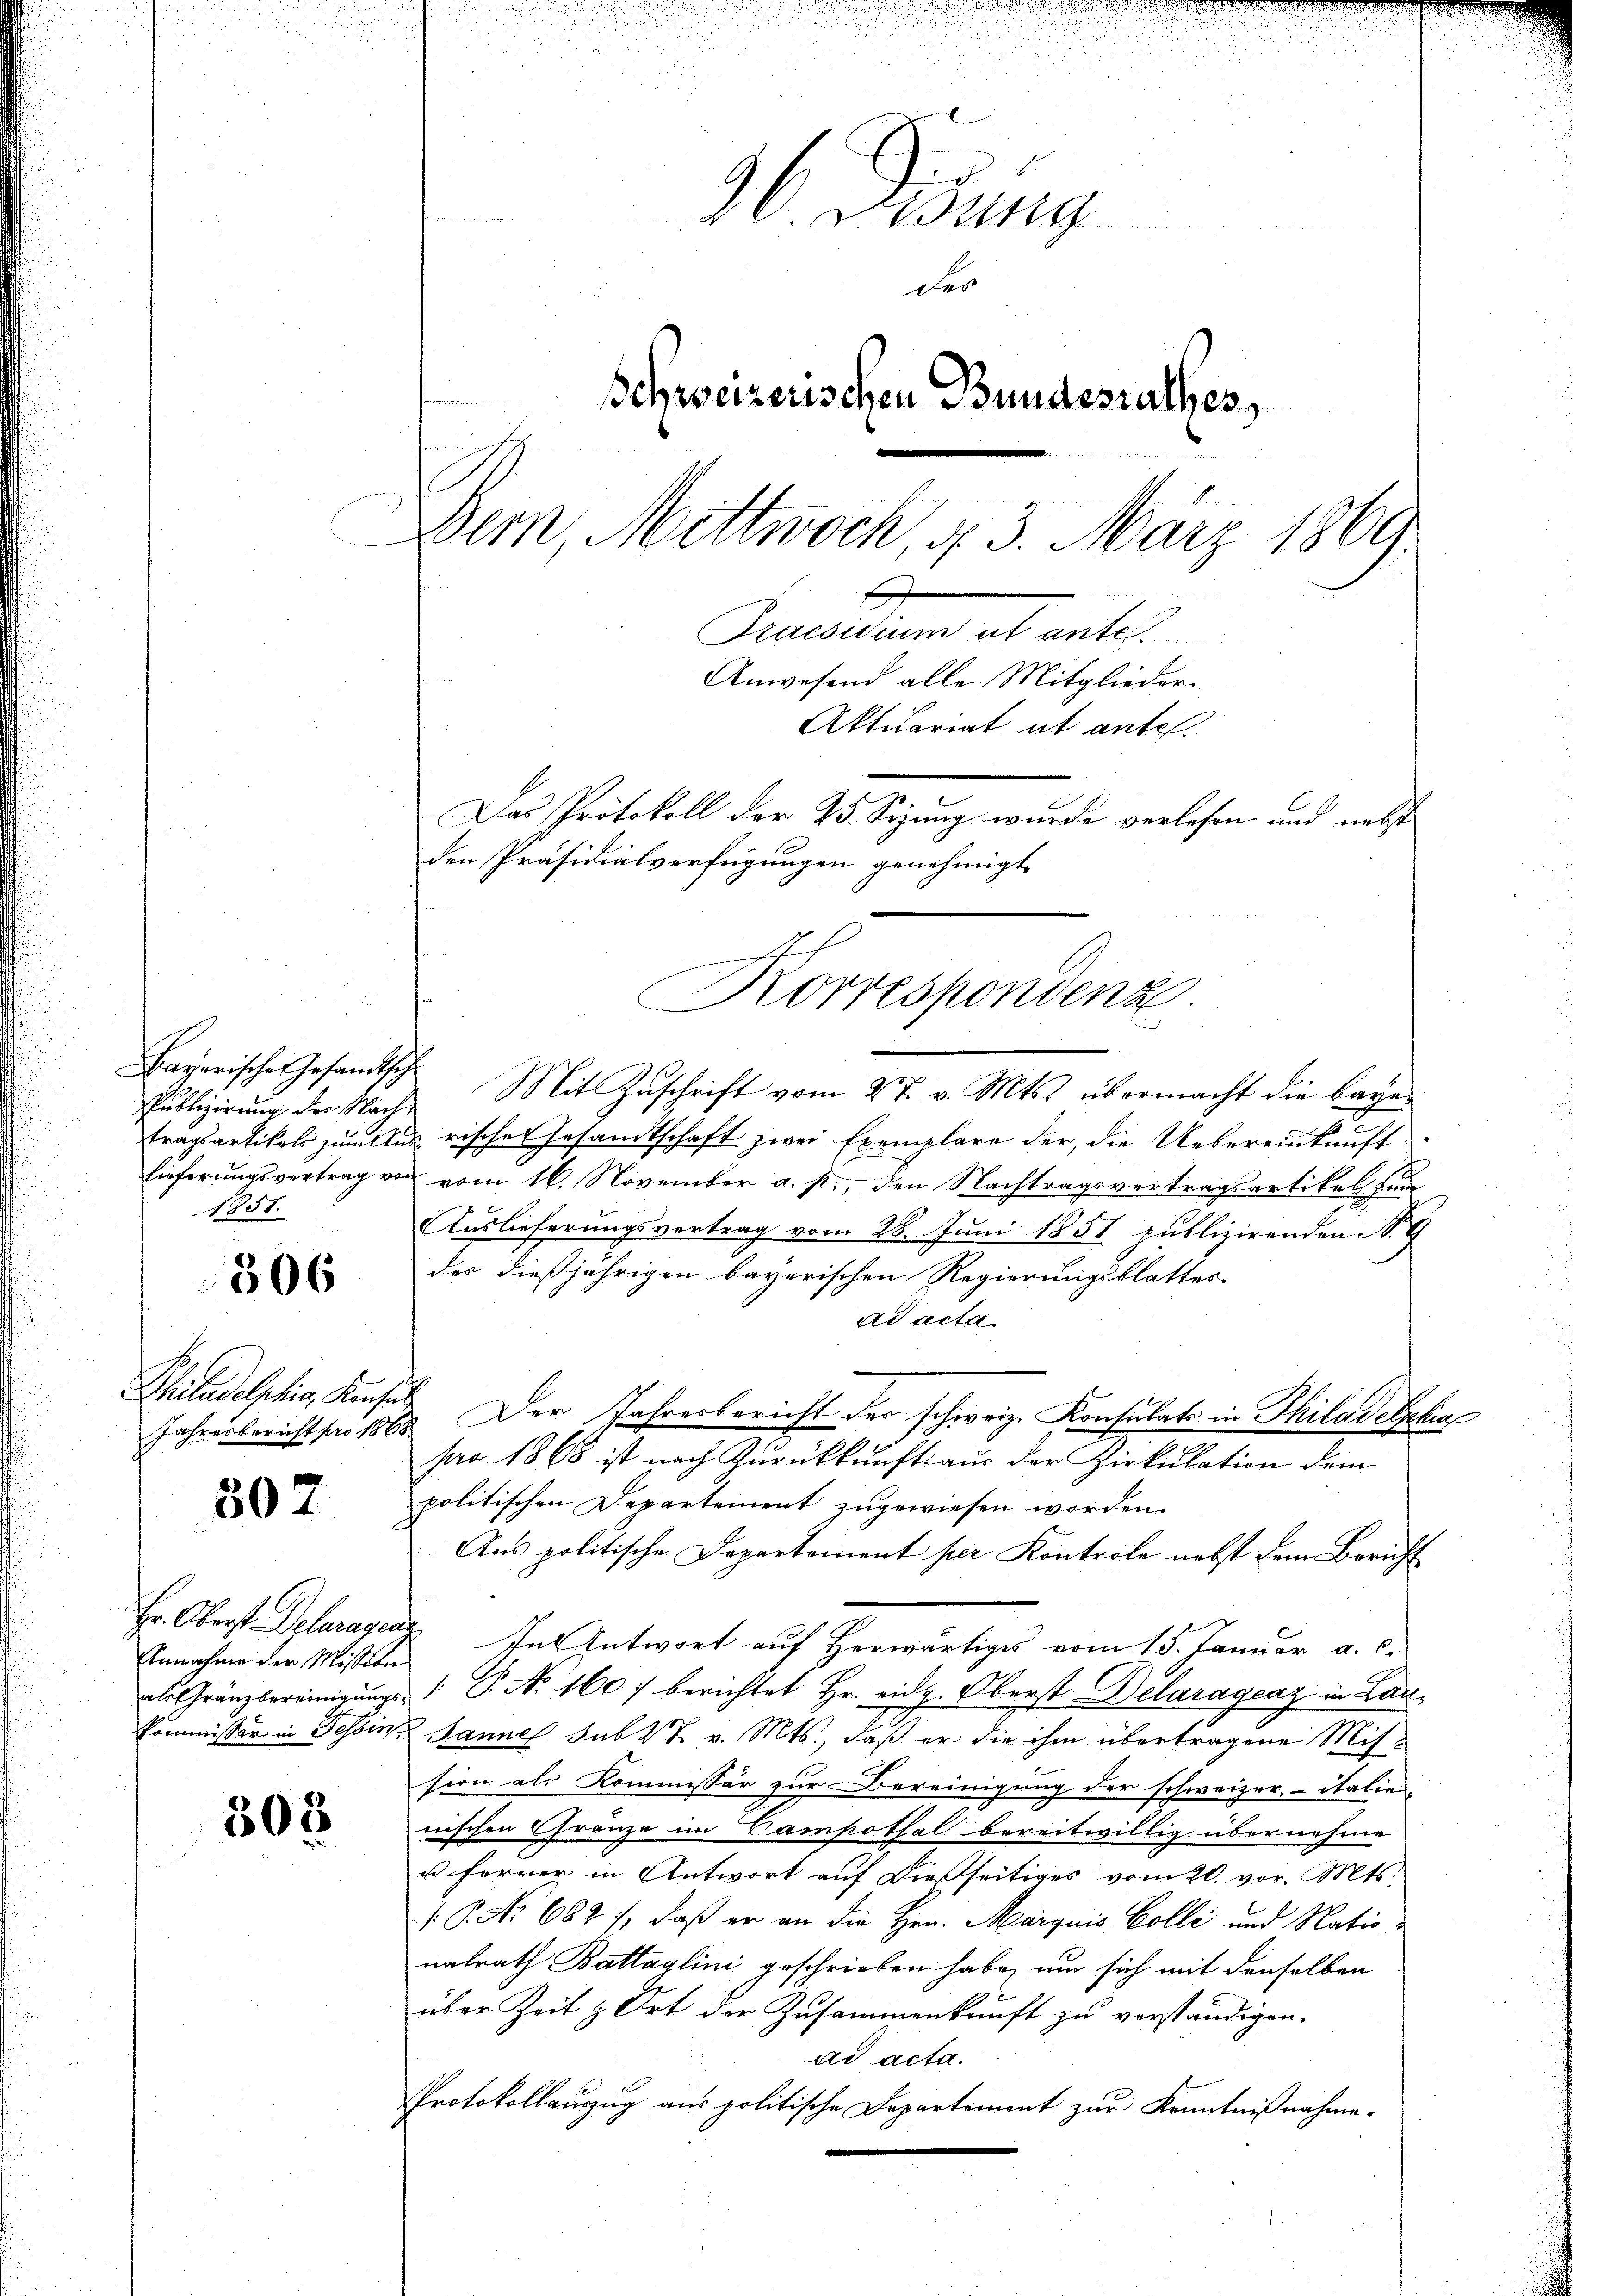
Bayerische Gesandtsch
1851.
506
Philadelstig, Konsult

507

Annahme der Mission

303
2

u
36. Disung
Schweizerischen Bundesrathes,
n
Bern, Mittwoch, 4 3. März 1869
Deucalium ab unter¬
Anwesend alle Mitglieder.
Aktuariat ab ante.
Das Protokoll der 25. Sizung wurde verlesen und nebst

des

Publizierung der Nach Mit Zuschrift vom 2t. v. Mts. übermacht die bayer
tragsartikels zu les risches Gesandtschaft zwei Exemplare der, die Uebereinkunft
lieferungsvertrag von vom 16. November a. p., den Nachtragsvertragsartikel zu
Auslieferungsvertrag vom 28. Juni 1851 publizirenden No 9
der dießjährigen bayerischen Regierungsblattes
ad acta
Jahresbericht hat 1868. Der Jahresbericht der schweiz. Konsulats in Thiladelska
pao 1868 ist nach Zurückkunft aus der Zirkulation dem
politischen Departement zugewiesen worden.
Aus politische Departement per Kontrole nebst dem Bericht
Hr. Oberst Oelerages In Antwort auf Herwärtiges vom 15. Januar a. c.
als Gränzbereinigŭngs- /: P. Nr. 1607 berichtet Hr. eidg. Oberst Delaragenz in Lan¬
Commissor in Tessin Jannes sub 27 v. Mts., daß er die ihm übertragene Mission als Kommissär zur Bereinigung der schweizer, italie
nischen Gränze im Samsothal bereitwillig übernehme
u ferner in Antwort auf dießseitiges vom 20. vor. Mts.
( P. No 682 /, daß er an die Hrn. Marquis Colle und Nationalrath Battaglini geschrieben habe, um sich mit denselben
über Zeit & Ort der Zusammenkunft zu verständigen.
ad acta.
Protokollauszug aus politische Departement zur Kenntnißnahme-

den Präsidialverfügungen genehmigt.
n
Korrespondenz.